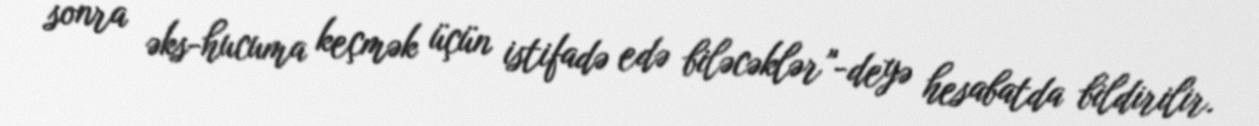
sonra əks-hucuma keçmək üçün istifadə edə biləcəklər”-deyə hesabatda bildirilir.